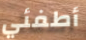
أطفئي